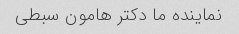
نماینده ما دکتر هامون سبطی